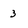
Character: 3